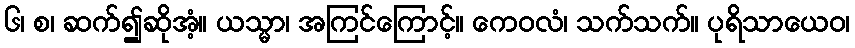
၆၊ စ၊ ဆက်၍ဆိုအံ့။ ယသ္မာ၊ အကြင်ကြောင့်။ ကေဝလံ၊ သက်သက်။ ပုရိသာယေဝ၊